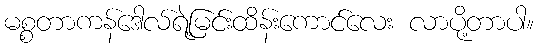
မစ္စတာကန်ဒေါလ်ရဲ့မြင်းထိန်းကောင်လေး လာပို့တာပါ။